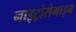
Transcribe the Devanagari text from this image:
नाइट्रोसेमाइन